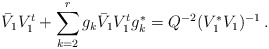
\begin{align*} \bar{V}_1 V_1^t + \sum_{k=2}^r g_k \bar{V}_1 V_1^t g_k^* = Q^{-2} ( V_1^* V_1 )^{-1} \,. \end{align*}